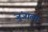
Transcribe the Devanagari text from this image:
जुंजाला